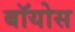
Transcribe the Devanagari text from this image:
बॉयोस